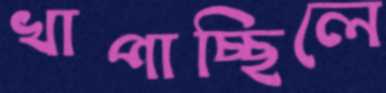
খাপাচ্ছিলে